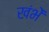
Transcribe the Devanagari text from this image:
खंभें